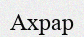
Ахрар